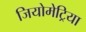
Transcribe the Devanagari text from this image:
जियोमेट्रिया